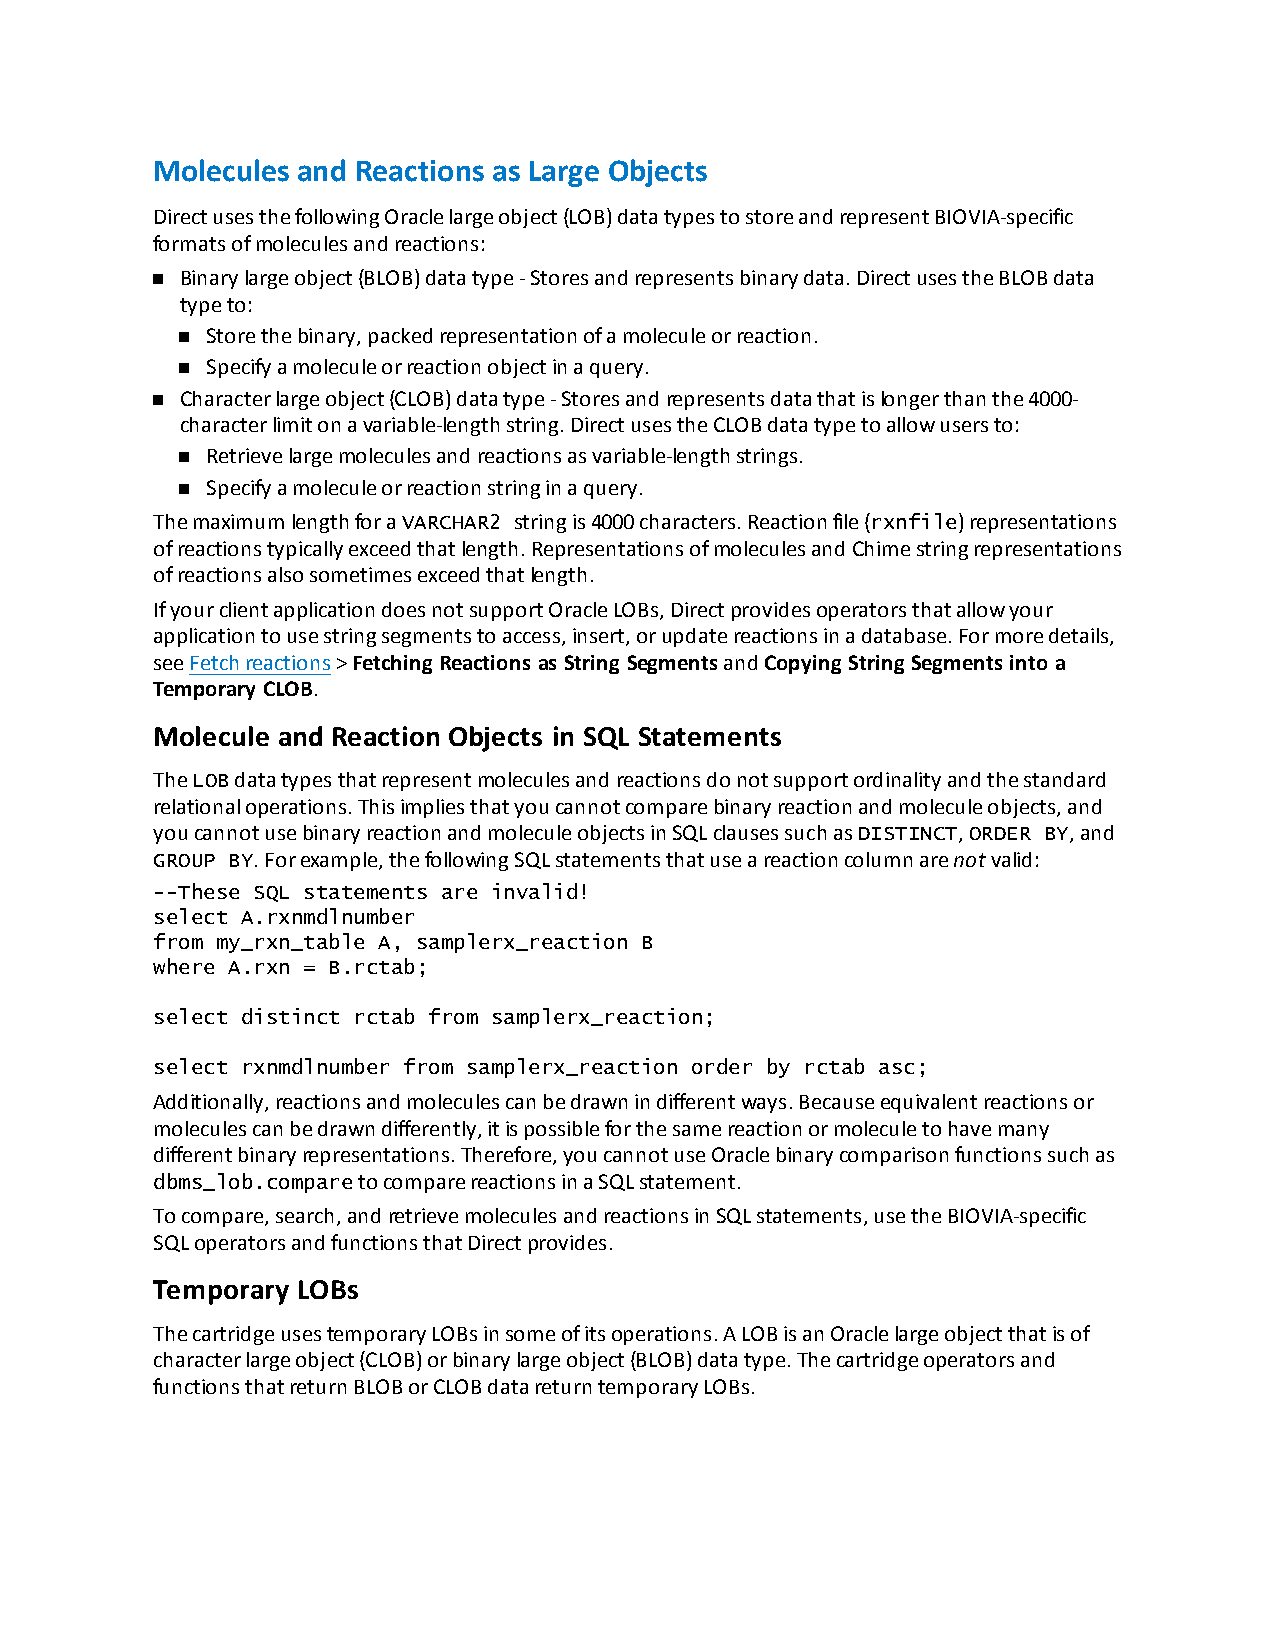
Molecules and Reactions as Large Objects
 DirectusesthefollowingOraclelargeobject(LOB)datatypestostoreandrepresentBIOVIA-specific
 formatsofmoleculesandreactions:
 n Binarylargeobject(BLOB)datatype-Storesandrepresentsbinarydata.DirectusestheBLOBdata
 typeto:
 n Storethebinary,packedrepresentationofamoleculeorreaction.
 n Specifyamoleculeorreactionobjectinaquery.
 n Characterlargeobject(CLOB)datatype-Storesandrepresentsdatathatislongerthanthe4000-
 characterlimitonavariable-lengthstring.DirectusestheCLOBdatatypetoallowusersto:
 n Retrievelargemoleculesandreactionsasvariable-lengthstrings.
 n Specifyamoleculeorreactionstringinaquery.
 ThemaximumlengthforaVARCHAR2 stringis4000characters.Reactionfile(rxnfile)representations
 ofreactionstypicallyexceedthatlength.RepresentationsofmoleculesandChimestringrepresentations
 ofreactionsalsosometimesexceedthatlength.
 IfyourclientapplicationdoesnotsupportOracleLOBs,Directprovidesoperatorsthatallowyour
 applicationtousestringsegmentstoaccess,insert,orupdatereactionsinadatabase.Formoredetails,
 seeFetchreactions>Fetching Reactions as String SegmentsandCopying String Segments into a
 Temporary CLOB.
 Molecule and Reaction Objects in SQL Statements
 TheLOBdatatypesthatrepresentmoleculesandreactionsdonotsupportordinalityandthestandard
 relationaloperations.Thisimpliesthatyoucannotcomparebinaryreactionandmoleculeobjects,and
 youcannotusebinaryreactionandmoleculeobjectsinSQLclausessuchasDISTINCT,ORDER BY,and
 GROUP BY.Forexample,thefollowingSQLstatementsthatuseareactioncolumnarenotvalid:
 --These SQL statements are invalid!
 select A.rxnmdlnumber
 from my_rxn_table A, samplerx_reaction B
 where A.rxn = B.rctab;
 select distinct rctab from samplerx_reaction;
 select rxnmdlnumber from samplerx_reaction order by rctab asc;
 Additionally,reactionsandmoleculescanbedrawnindifferentways.Becauseequivalentreactionsor
 moleculescanbedrawndifferently,itispossibleforthesamereactionormoleculetohavemany
 differentbinaryrepresentations.Therefore,youcannotuseOraclebinarycomparisonfunctionssuchas
 dbms_lob.comparetocomparereactionsinaSQLstatement.
 Tocompare,search,andretrievemoleculesandreactionsinSQLstatements,usetheBIOVIA-specific
 SQLoperatorsandfunctionsthatDirectprovides.
 Temporary LOBs
 ThecartridgeusestemporaryLOBsinsomeofitsoperations.ALOBisanOraclelargeobjectthatisof
 characterlargeobject(CLOB)orbinarylargeobject(BLOB)datatype.Thecartridgeoperatorsand
 functionsthatreturnBLOBorCLOBdatareturntemporaryLOBs.